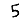
Digit: 5